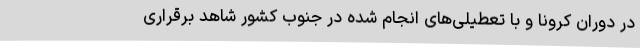
در دوران کرونا و با تعطیلی‌های انجام شده در جنوب کشور شاهد برقراری